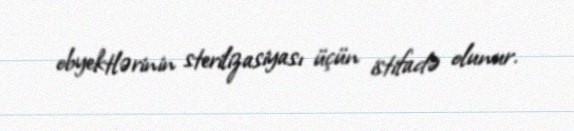
obyektlərinin sterilizasiyası üçün istifadə olunur.